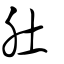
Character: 肚